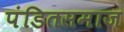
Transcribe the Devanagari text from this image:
पंडितसमाज